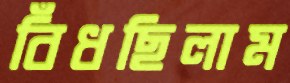
বিঁধছিলাম